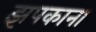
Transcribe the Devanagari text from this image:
झपकाना